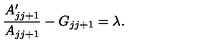
{ \frac { A \sp \prime _ { j j + 1 } } { A _ { j j + 1 } } } - G _ { j j + 1 } = \lambda .